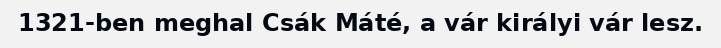
1321-ben meghal Csák Máté, a vár királyi vár lesz.